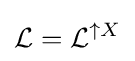
{\mathcal {L}}={\mathcal {L}}^{\uparrow X}